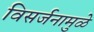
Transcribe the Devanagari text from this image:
विसर्जनामुळे